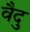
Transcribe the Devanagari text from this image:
वैदु